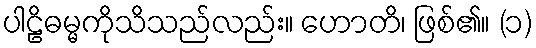
ပါဠိဓမ္မကိုသိသည်လည်း။ ဟောတိ၊ ဖြစ်၏။ (၁)